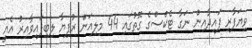
ވިޔަފާރި ފައިދާއިން ނަގާ ޓެކްސްގެ ގޮތުގައި 44 މިލިއަން ރުފިޔާ ލިބިފައިވާއިރު އެއީ